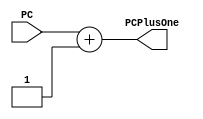
`timescale 1ns / 1ps
//////////////////////////////////////////////////////////////////////////////////
// Company: 
// Engineer: 
// 
// Design Name: 
// Module Name:    AddOne 
// Project Name: 
// Target Devices: 
// Tool versions: 
// Description: 
//
// Dependencies: 
//
// Revision: 
// Revision 0.01 - File Created
// Additional Comments: 
//
//////////////////////////////////////////////////////////////////////////////////
module AddOne(
    input [15:0] PC,
    output [15:0] PCPlusOne
    );
	
	assign PCPlusOne = PC + 1;

endmodule